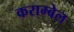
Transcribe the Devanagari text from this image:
कराम्बेल